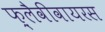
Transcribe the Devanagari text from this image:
फ़्लैवीवायरस